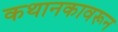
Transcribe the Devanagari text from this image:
कथानकावरून